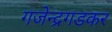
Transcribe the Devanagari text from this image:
गजेन्द्रगडकर